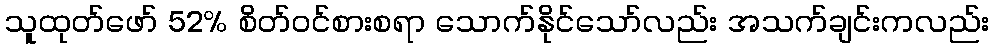
သူထုတ်ဖော် 52% စိတ်ဝင်စားစရာ သောက်နိုင်သော်လည်း အသက်ချင်းကလည်း